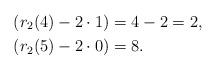
LaTeX: \begin{align*}&(r_2(4) -2 \cdot 1) = 4 -2 = 2, \\&(r_2(5) - 2\cdot 0) = 8.\end{align*}